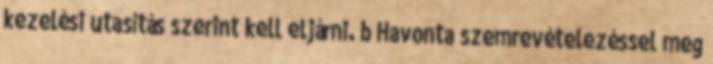
kezelési utasítás szerint kell eljárni. b Havonta szemrevételezéssel meg